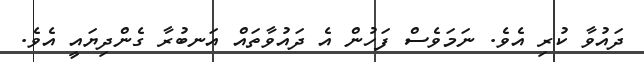
ދައުވާ ކުރި އެވެ. ނަމަވެސް ފަހުން އެ ދައުވާތައް އަނބުރާ ގެންދިޔައީ އެވެ.